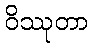
ဝိဿုတာ